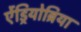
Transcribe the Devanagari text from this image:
ऐंड्रियोब्रिया